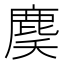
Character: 䴠